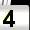
Digit: 4